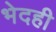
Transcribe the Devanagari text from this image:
भेदही